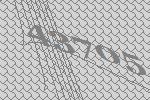
43705